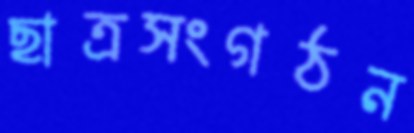
ছাত্রসংগঠন